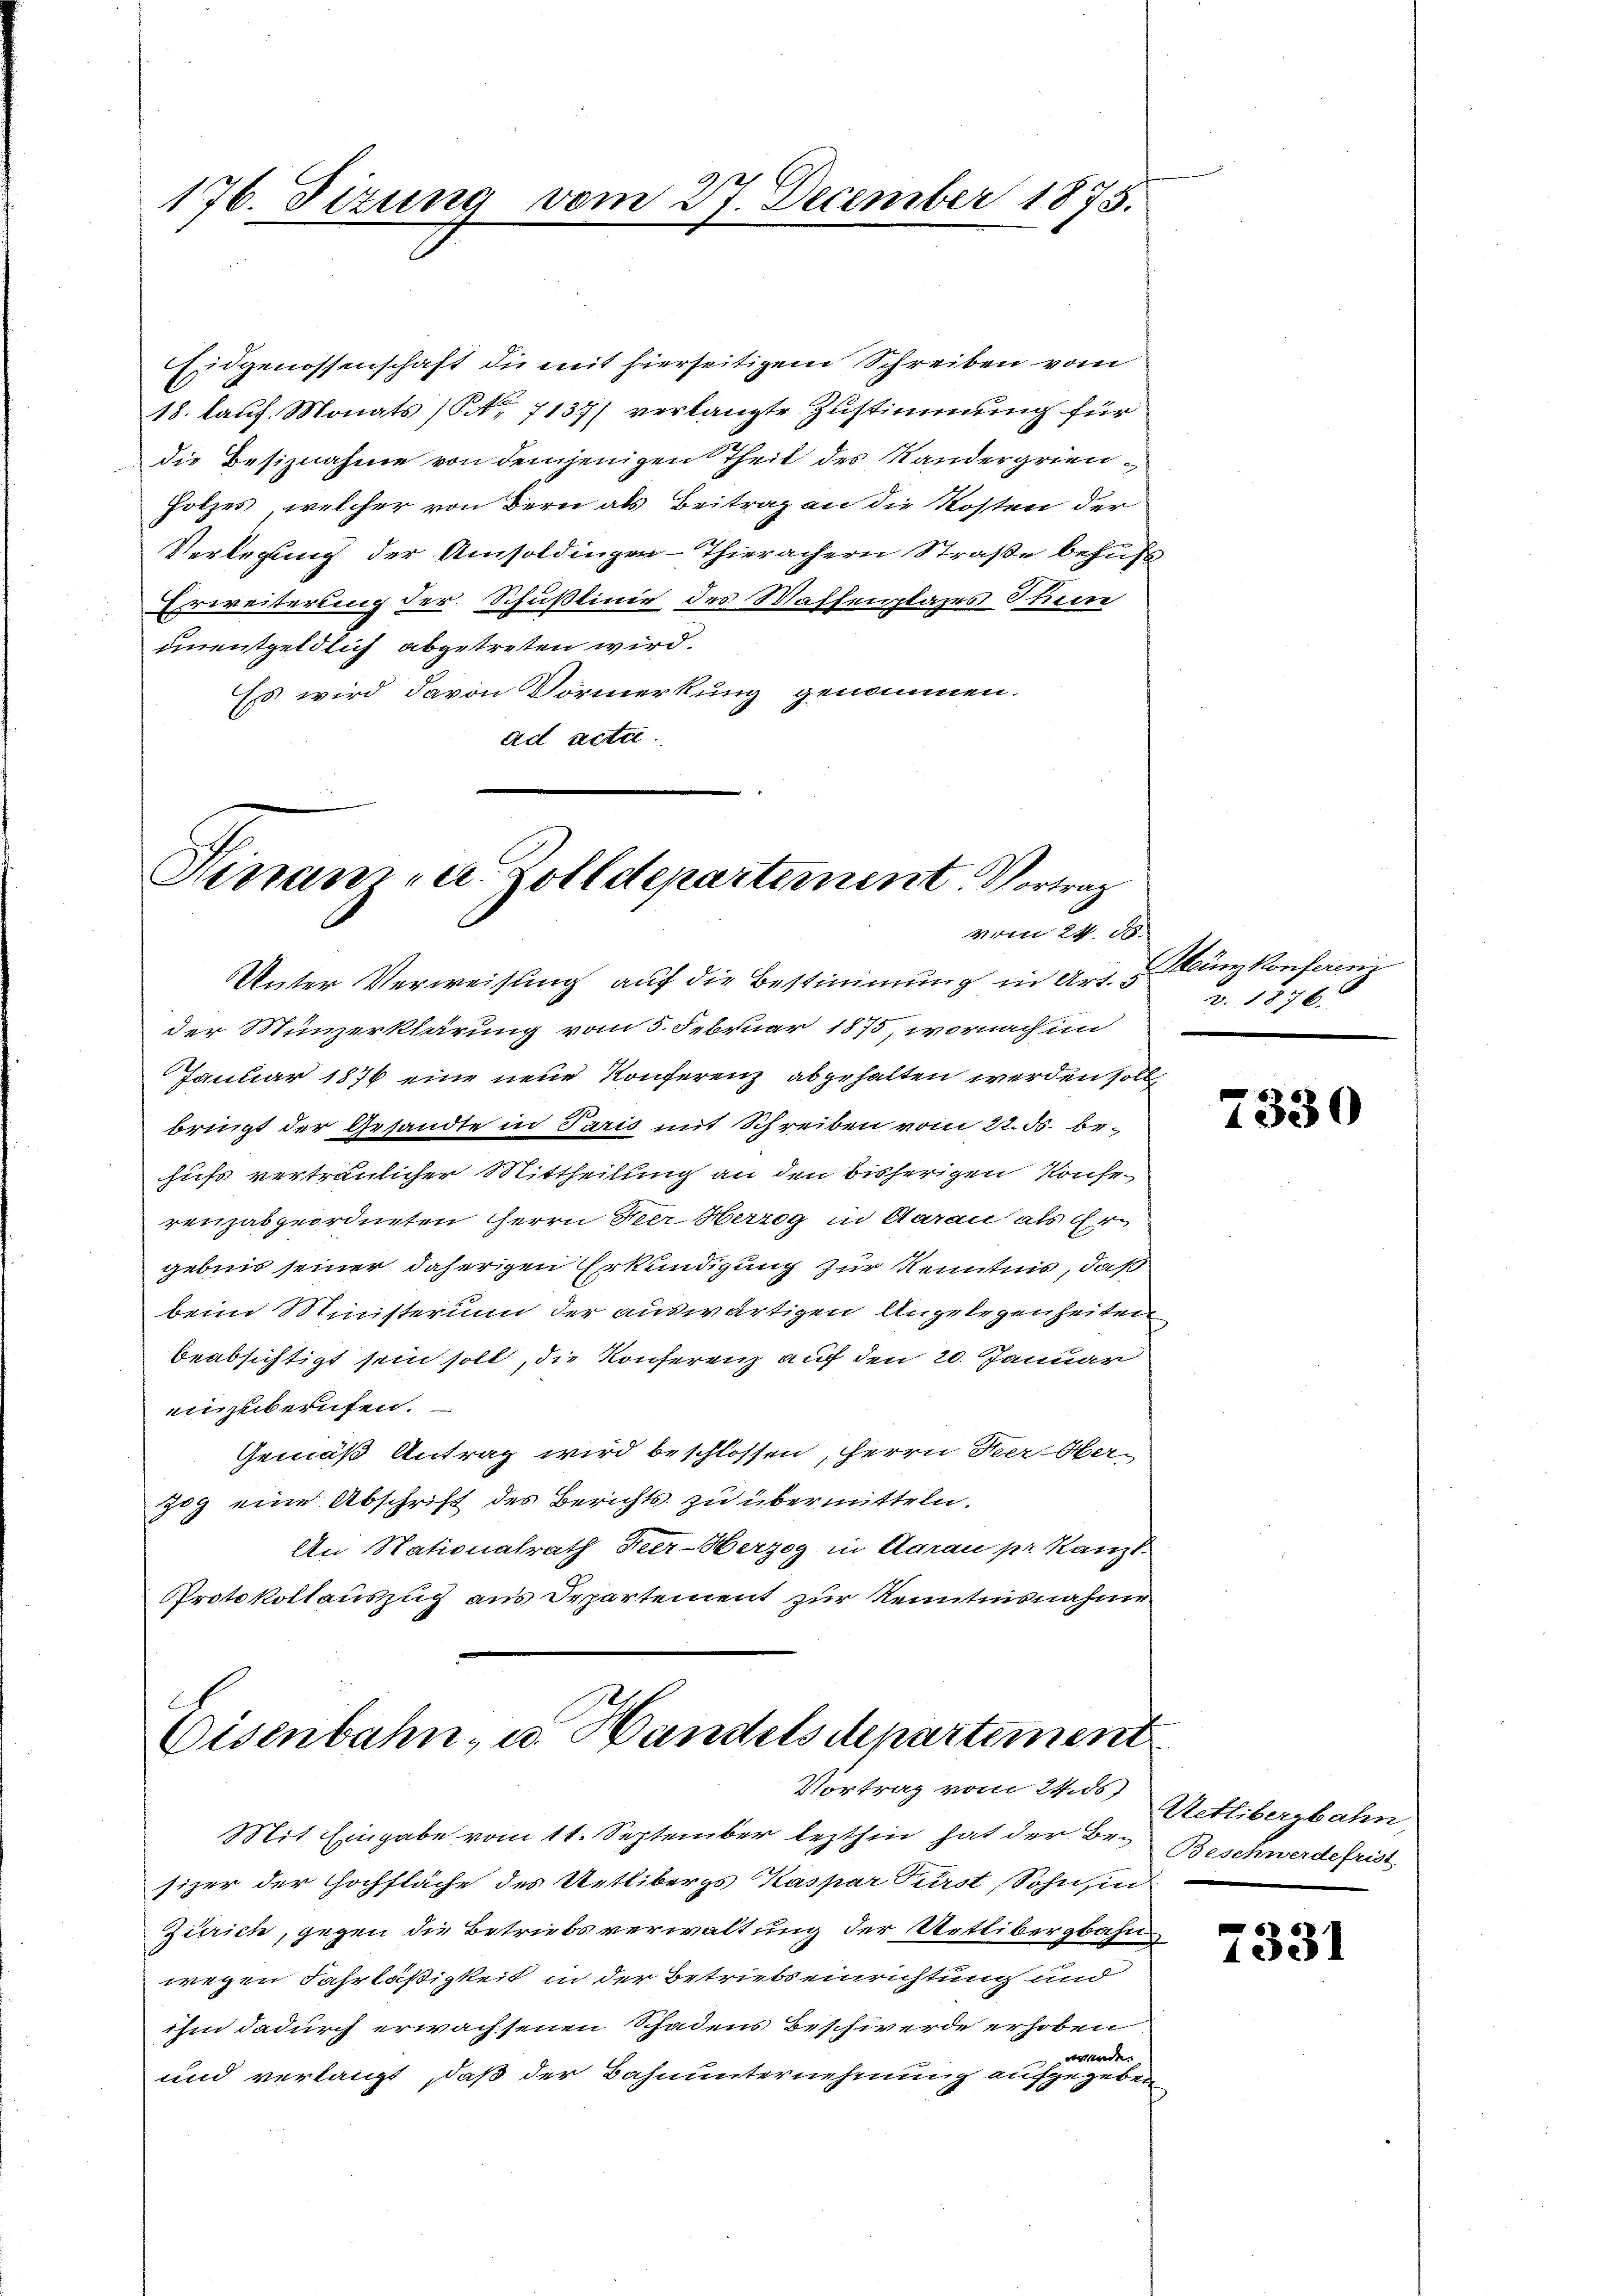
176. Sizung

Eidgenossenschaft die mit hierseitigem Schreiben vom
18. kauf. Monats (Nr. 7137) verlangte Zustimmung für
die Besiznahme von demjenigen Theil des Kandergrien¬
Holzes, welcher von Bern als Beitrag an die Kosten der
Verlegung der Amsoldinger-Thierachern Straße behufs
Erweiterung der Schußlinie des Waffenplazes Stein
unentgeldlich abgetreten wird.
Ess wird davon Vormerkung genommen.
ad acta

vom 27. December 1873.

Hinam u. Zolldepartement. Vortrag
vom 24. d.

Unter Verweisung auf die Bestimmung in Art. 5. 1876.
der Münzerklärung vom 5. Februar 1875, wornach im
Januar 1876 eine neue Konferenz abgehalten werden soll
bringt der Gesandte in Paris mit Schreiben vom 22. ds. behufs vertraulicher Mittheilung an den bisherigen Konserenzabgeordneten Herrn Heer Herzog in Aarau als Ehr
gebnis seiner daherigen Erkundigung zur Kenntnis, daß
beim Ministerium der auswärtigen Angelegenheiten
beabsichtigt sein soll, die Konferenz auf den 20. Januar
einzuberufen.
Gemäß Antrag wird beschlossen, Herrn Heer-Oberzog eine Abschrift des Berichts zu übermitteln.
An Nationalrath Heer-Herzog in Aarau pr. Kanzl
Protokollauszug aus Departement zur Kenntnisnahme

Eisenbahn, u. Handels departement.
Vortrag vom 24. ds

sizer der Hochfläche des Uetlibergs Kaspar Fürst, Sohn, in
Zürich, gegen die Betriebsverwaltung der Uetlibergbahnwegen Fahrläßigkeit in der Betriebs einrichtung und
ihm dadurch erwachsenen Schadens Beschwerde erhoben
nade.
und verlangt, daß der Bahnunternehmung aufgegeben

Mit Eingabe vom 11. September lezthin hat der Be-Beschwerde frist

Meünzkonferenz

f
1330

Uetlibergbahn,

7331